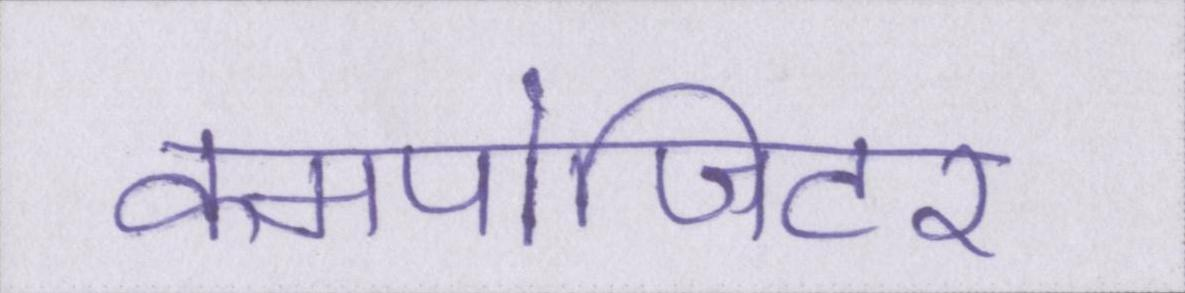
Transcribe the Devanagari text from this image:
कमपोजिटर